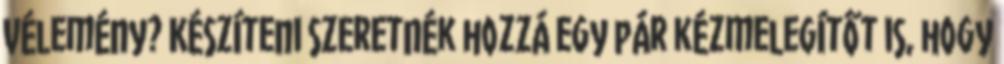
Vélemény? Készíteni szeretnék hozzá egy pár kézmelegítőt is, hogy